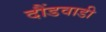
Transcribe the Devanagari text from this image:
दौंडवाडी